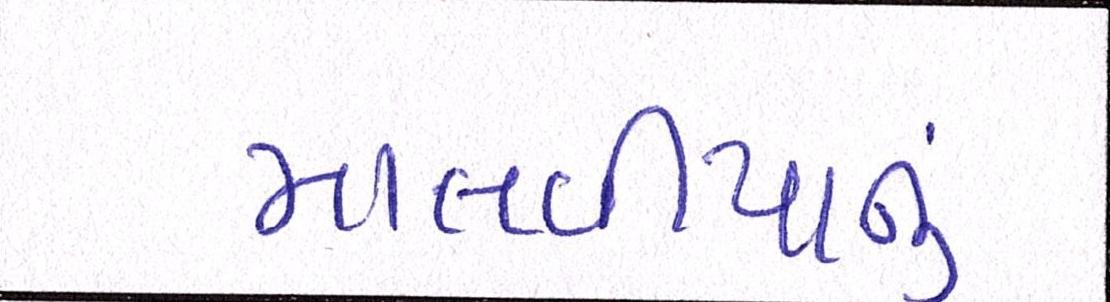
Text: માલવીયાનું